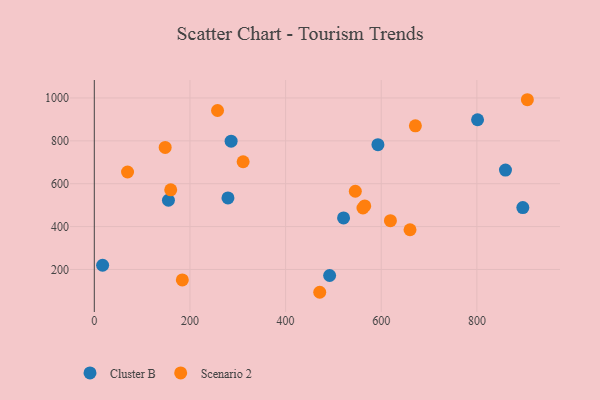
{"axis": {"x": "Investment", "y": "Rating"}, "legend": ["Cluster B", "Scenario 2"], "data": [{"x": "17.4", "y": 219.7, "type": "Cluster B"}, {"x": "286.1", "y": 798.2, "type": "Cluster B"}, {"x": "801.4", "y": 898.4, "type": "Cluster B"}, {"x": "593.1", "y": 782.0, "type": "Cluster B"}, {"x": "492.1", "y": 172.0, "type": "Cluster B"}, {"x": "859.8", "y": 663.7, "type": "Cluster B"}, {"x": "279.5", "y": 533.5, "type": "Cluster B"}, {"x": "521.2", "y": 440.6, "type": "Cluster B"}, {"x": "155.0", "y": 522.9, "type": "Cluster B"}, {"x": "896.1", "y": 488.7, "type": "Cluster B"}, {"x": "660.2", "y": 385.3, "type": "Scenario 2"}, {"x": "619.2", "y": 427.6, "type": "Scenario 2"}, {"x": "311.2", "y": 702.5, "type": "Scenario 2"}, {"x": "671.4", "y": 870.2, "type": "Scenario 2"}, {"x": "471.4", "y": 93.7, "type": "Scenario 2"}, {"x": "184.1", "y": 151.2, "type": "Scenario 2"}, {"x": "545.8", "y": 564.8, "type": "Scenario 2"}, {"x": "905.6", "y": 991.7, "type": "Scenario 2"}, {"x": "565.5", "y": 496.3, "type": "Scenario 2"}, {"x": "69.5", "y": 654.7, "type": "Scenario 2"}, {"x": "561.8", "y": 486.7, "type": "Scenario 2"}, {"x": "159.8", "y": 571.5, "type": "Scenario 2"}, {"x": "257.7", "y": 941.4, "type": "Scenario 2"}, {"x": "148.2", "y": 769.4, "type": "Scenario 2"}]}